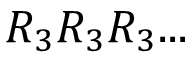
R _ { 3 } R _ { 3 } R _ { 3 } . . .